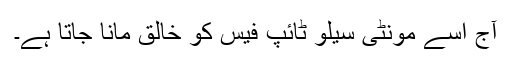
آج اسے مونٹی سیلو ٹائپ فیس کو خالق مانا جاتا ہے۔